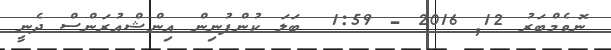
ނޮވެމްބަރު 12